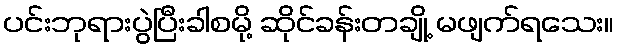
ပင်းဘုရားပွဲပြီးခါစမို့ ဆိုင်ခန်းတချို့ မဖျက်ရသေး။